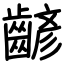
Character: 齴